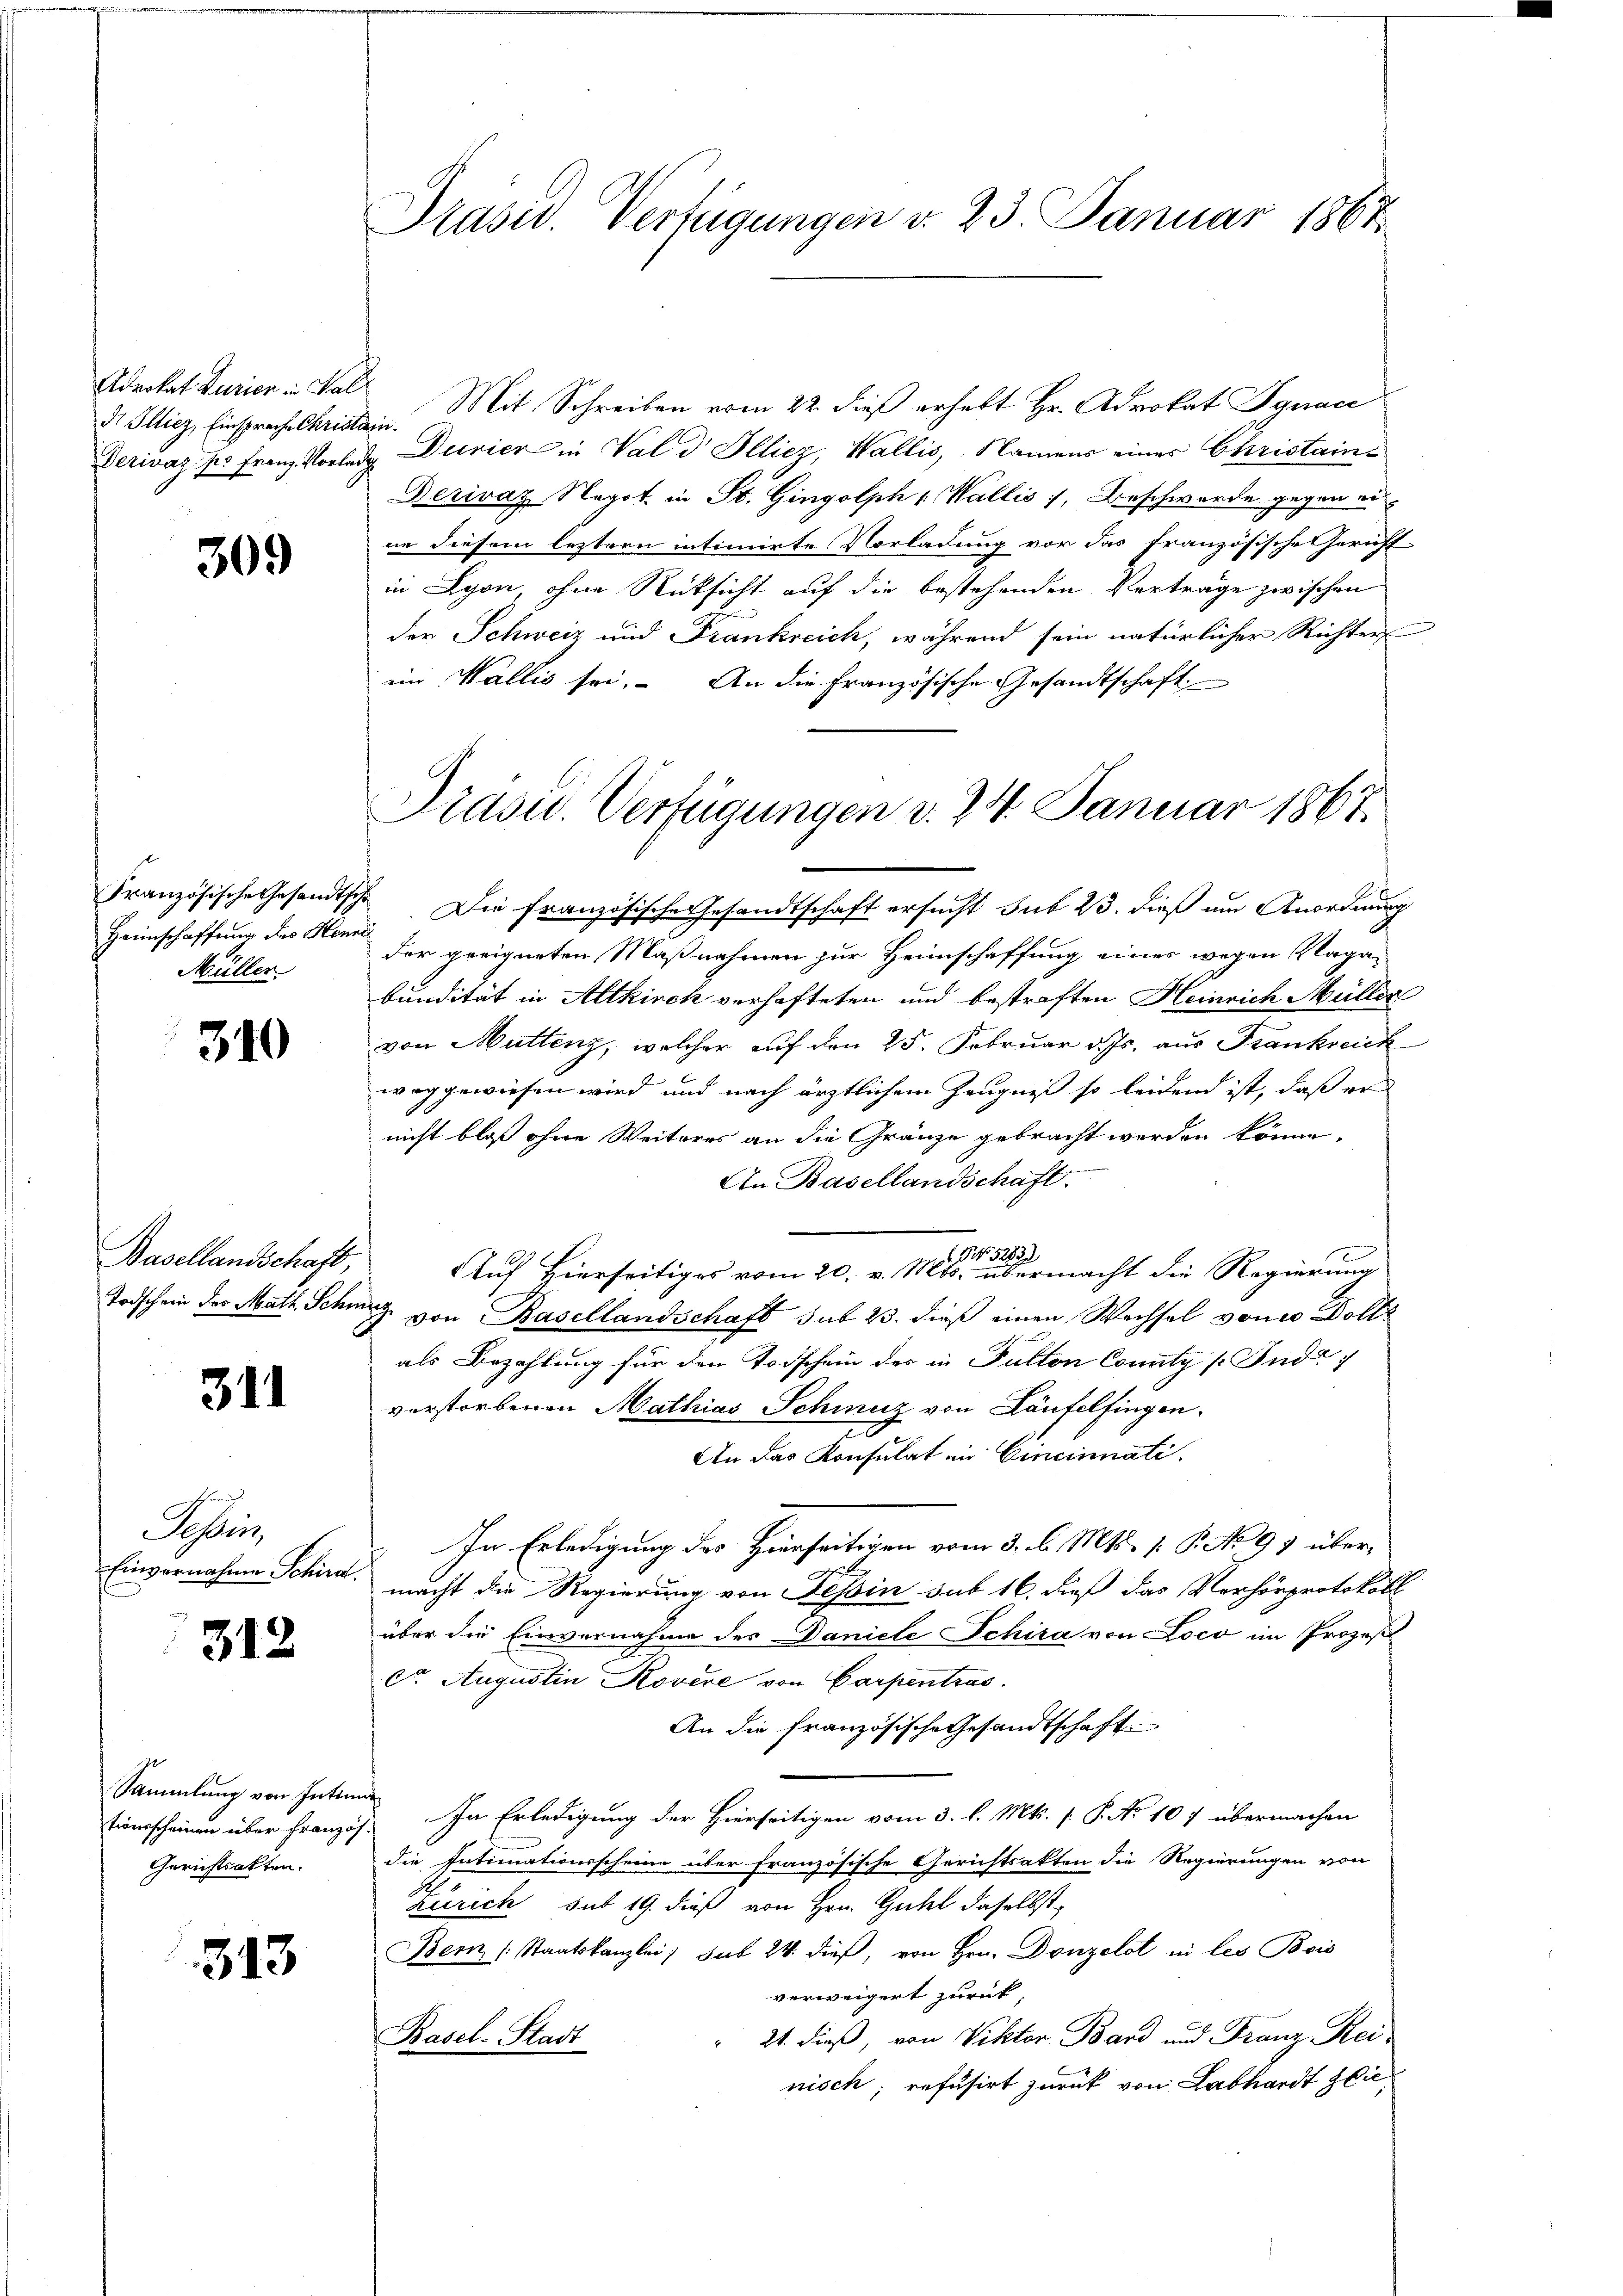
Advokat Purien in Fal
di Illiez, Einsprache Christis
Derivaz po Franz. Vorlad

309

Französische Gesandtsch
Heimschaffung des Henne
Müller

310

Basellandschaft,
Todschein des Math. Schme

344

Sesleis
Einvernahme Schird.

312

Sammlung von Inten
tionsscheinen über Französ
Gerichtsakten.

313

Präsid. Verfügungen d. 23. Januar 1864

Mit Schreiben vom 22. dieß erhebt Hr. Advokat Jgnac
t
 Duvier in Val d Illicz, Wallis, Namens einer Christain¬
Rerivaz Negot. in St. Gingolph ( Wallis, Beschwerde gegen ei
ne diesem leztern intimirte Vorladung vor das französisches Gericht
in Lyon, ohne Rücksicht auf die bestehenden Vertrage zwischen
der Schweiz und Frankreich, während sein natürlicher Richter
ein Wallis sei. An die Französische Gesandtschaft
Die französische Gesandtschaft ersucht sub 23. dieß am Anordnung
der geeigneten Maßnahmen zur Heimschaffung eines wegen Vaga-
bundität in Altkirch verhafteten und bestraften Heinrich Müller
von Muttenz, welcher auf den 25. Februar d. Js. aus Frankreich
weggewiesen wird und nach ärztlichem Zeugniß so leidend ist, daß er
nicht bloß ohne Weiteres an die Gränze gebracht werden könne.
An Basellandschaft.
.
No. 5283
Auf Hierseitiges vom 20. v. Mts. übermacht die Regierung
& von Basellandschaft sub 23. dieß einen Wechsel von Dollz
als Bezahlung für den Todschein der in Futten Comitz /: Ind
verstorbenen Mathias Schmuz von Laufelfingen.
d
An das Konsulat in Cincinnati
In Erledigung des Hierseitigen vom 3. l. Mts. [ P. No 99 übermacht die Regierung von Tessin sub 16. dieß das Verhörprotokoll
über die Einvernahme des Daniele Schira von Loco im Prozes
Ct. Augustin Rovere von Carpentras
An die französische Gesandtschaft
In Erledigung der Hierseitigen vom 3. l. Mts. [ P. No 107 übermachen
die Intimationsscheine über französische Gerichtsakten die Regierungen von
Zürich und 19. dieß von Hrn. Gutel daselbst
Bern (Staatskanzlei, sub 24. dieß, von Hrn. Drüzelst in les Bois
verweigert zurück.
21. dieß, von Viktor Band und Franz Rei¬
Basel-Stadt
nisch, refusirt zurück von Labhardt zei¬

Präsid.. Verfügungen d. 24. Januar 1867.